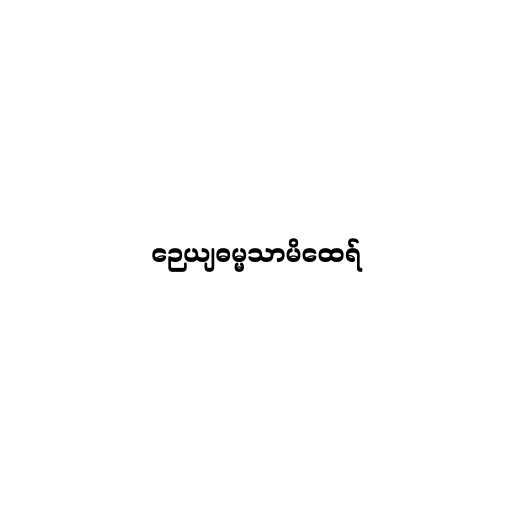
ဉေယျဓမ္မသာမိထေရ်